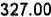
327.00